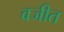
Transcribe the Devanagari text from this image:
वजीत